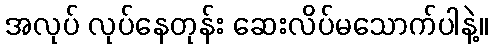
အလုပ် လုပ်နေတုန်း ဆေးလိပ်မသောက်ပါနဲ့။